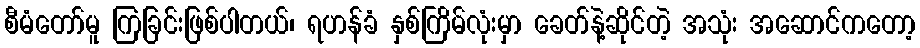
စီမံတော်မူ ကြခြင်းဖြစ်ပါတယ်၊ ရဟန်ခံ နှစ်ကြိမ်လုံးမှာ ခေတ်နဲ့ဆိုင်တဲ့ အသုံး အဆောင်ကတော့